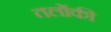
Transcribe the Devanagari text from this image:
तलोंकी